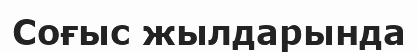
Соғыс жылдарында